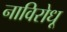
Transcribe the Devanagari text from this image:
नाविरोधू